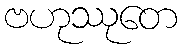
ဗဟုဿုတေ